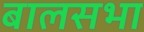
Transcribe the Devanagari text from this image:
बालसभा